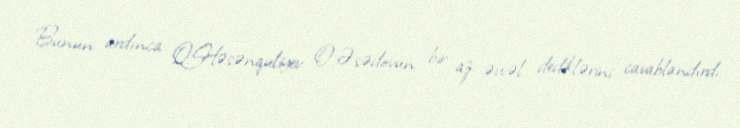
Bunun ardınca Q.Həsənquliyev O.Əsədovun bir az əvvəl dediklərini cavablandırdı: